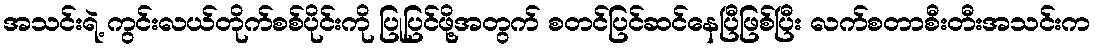
အသင်းရဲ့ ကွင်းလယ်တိုက်စစ်ပိုင်းကို ပြုပြင်ဖို့အတွက် စတင်ပြင်ဆင်နေပြီဖြစ်ပြီး လက်စတာစီးတီးအသင်းက